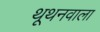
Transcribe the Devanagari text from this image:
थूथनवाला